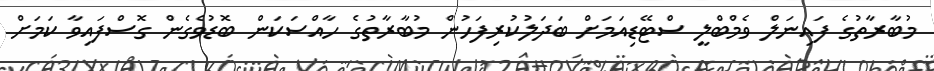
މުބާރާތުގެ ފައިނަލް ވެމްބްލީ ސްޓޭޑިއަމަށް ބަދަލުކުރިފަހުން މުބާރާތުގެ ހާއްސަކަން ބޮޑުވެގެން ގޮސްފައިވާ ކަމަށް